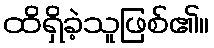
ထိရှိခဲ့သူဖြစ်၏။